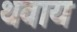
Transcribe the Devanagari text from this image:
थवाय